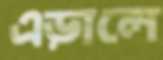
এড়ালে